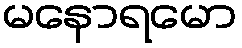
မနောရမော